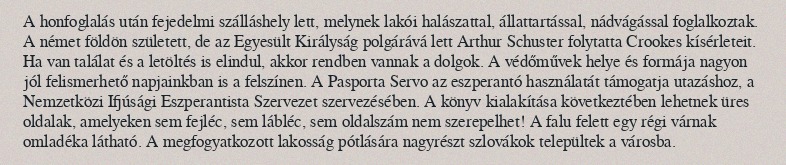
A honfoglalás után fejedelmi szálláshely lett, melynek lakói halászattal, állattartással, nádvágással foglalkoztak. A német földön született, de az Egyesült Királyság polgárává lett Arthur Schuster folytatta Crookes kísérleteit. Ha van találat és a letöltés is elindul, akkor rendben vannak a dolgok. A védőművek helye és formája nagyon jól felismerhető napjainkban is a felszínen. A Pasporta Servo az eszperantó használatát támogatja utazáshoz, a Nemzetközi Ifjúsági Eszperantista Szervezet szervezésében. A könyv kialakítása következtében lehetnek üres oldalak, amelyeken sem fejléc, sem lábléc, sem oldalszám nem szerepelhet! A falu felett egy régi várnak omladéka látható. A megfogyatkozott lakosság pótlására nagyrészt szlovákok települtek a városba.